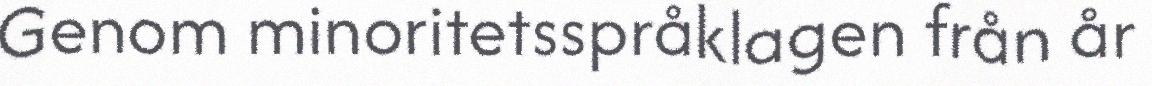
Genom minoritetsspråklagen från år